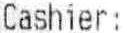
CASHIER: